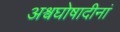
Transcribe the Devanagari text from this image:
अश्वघोषादीनां